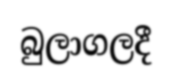
බුලාගලදී